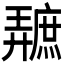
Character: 𪪩